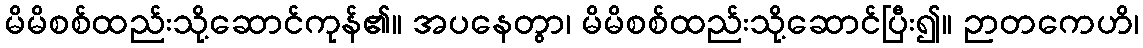
မိမိစစ်ထည်းသို့ဆောင်ကုန်၏။ အပနေတွာ၊ မိမိစစ်ထည်းသို့ဆောင်ပြီး၍။ ဉာတကေဟိ၊